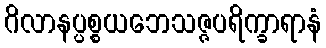
ဂိလာနပ္ပစ္စယဘေသဇ္ဇပရိက္ခာရာနံ